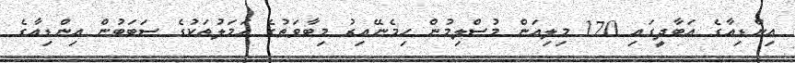
އިންޑިއާގެ އަބާދީގައި 170 މިލިއަން މުސްލިމުން ހިމެނޭއިރު މިބާވަތުގެ އަމަލުތަކުގެ ސަބަބުން އިންޑިއާގެ